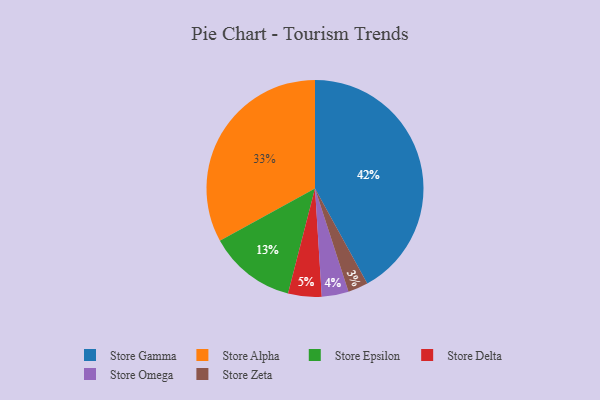
{"axis": {"x": "Category", "y": "Percentage"}, "legend": ["Store Alpha", "Store Delta", "Store Epsilon", "Store Gamma", "Store Omega", "Store Zeta"], "data": [{"x": "Store Epsilon", "y": 13, "type": "Store Epsilon"}, {"x": "Store Zeta", "y": 3, "type": "Store Zeta"}, {"x": "Store Omega", "y": 4, "type": "Store Omega"}, {"x": "Store Gamma", "y": 42, "type": "Store Gamma"}, {"x": "Store Alpha", "y": 33, "type": "Store Alpha"}, {"x": "Store Delta", "y": 5, "type": "Store Delta"}]}